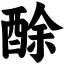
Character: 酴